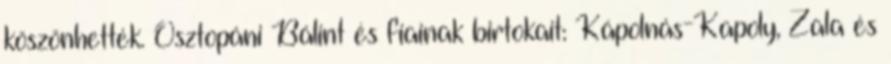
köszönhették. Osztopáni Bálint és fiainak birtokait: Kápolnás-Kapoly, Zala és